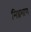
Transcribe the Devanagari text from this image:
मिश्रभाण